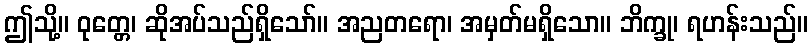
ဤသို့။ ဝုတ္တေ၊ ဆိုအပ်သည်ရှိသော်။ အညတရော၊ အမှတ်မရှိသော။ ဘိက္ခု၊ ရဟန်းသည်။